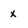
Character: x